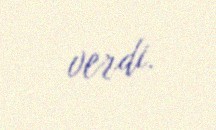
verdi.